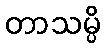
တာသမ္ပိ